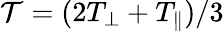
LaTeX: {\cal T}=(2T_{\perp}+T_{\parallel})/3